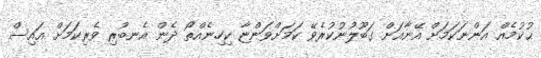
ޙުކުމެއް އަންނަކަމަށް އޭނާއަށް ގަބޫލުނުކުރެވޭ ކަމަށްވަންޏާ ކިހިނެއްތޯ ދެން އެނބުރި ވެރިކަމަށް އައިސް